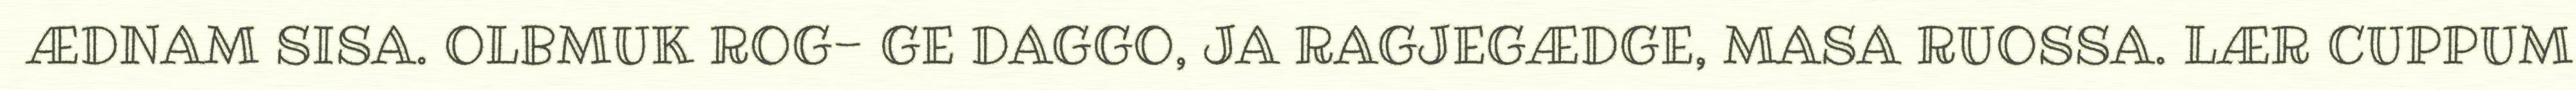
ÆDNAM SISA. OLBMUK ROG- GE DAGGO, JA RAGJEGÆDGE, MASA RUOSSA. LÆR CUPPUM